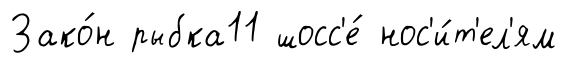
Зако́н рыбка11 шосс'е́ нос'и́т'ел'ям